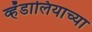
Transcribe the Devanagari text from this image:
व्हँडालियाच्या